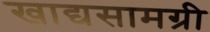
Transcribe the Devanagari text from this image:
खाद्यसामग्री